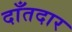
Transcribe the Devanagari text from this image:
दाँतदार